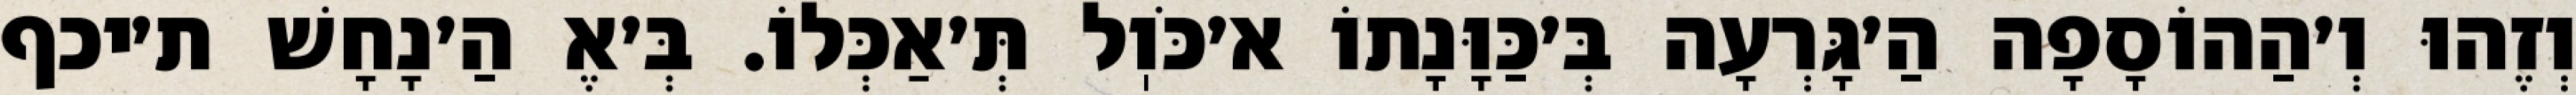
וְזֶהוּ וְ׳הַהוֹסָפָה הַ׳גָּרְעָה בְּ׳כַּוָּנָתוֹ א׳כֹּוֽל תְּ׳אַכְּלוֹ. בְּ׳אֶ הַ׳נָחָשׁ ת׳יכף